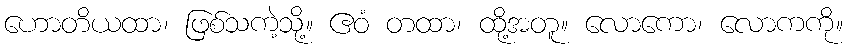
ဟောတိယထာ၊ ဖြစ်သကဲ့သို့။ ဧဝံ တထာ၊ ထို့အတူ။ လောကော၊ လောကကို။